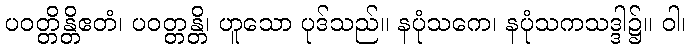
ပဝတ္တိန္တိဧတံ၊ ပဝတ္တန္တိ၊ ဟူသော ပုဒ်သည်။ နပုံသကေ၊ နပုံသကသဒ္ဒါ၌။ ဝါ၊